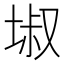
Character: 埱